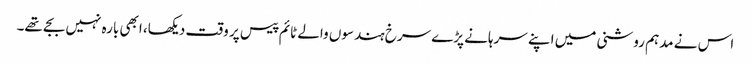
اس نے مدہم روشنی میں اپنے سرہانے پڑے سرخ ہندسوں والے ٹائم پیس پر وقت دیکھا، ابھی بارہ نہیں بجے تھے۔